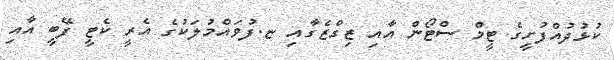
ކުޅުދުއްފުށީގެ ޓީމް ސްޓޯން އާއި ޒިގްޒެގާއި ޏ.ފުވައްމުލަކުގެ އެރީ ކެޓީ ފޭބީ އާއި